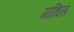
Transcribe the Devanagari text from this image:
माथिस